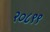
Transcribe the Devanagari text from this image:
२०८९९